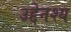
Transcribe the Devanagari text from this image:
उद्देनश्‍य